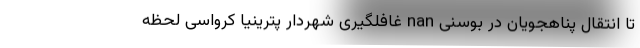
تا انتقال پناهجویان در بوسنی nan غافلگیری شهردار پترینیا کرواسی لحظه